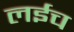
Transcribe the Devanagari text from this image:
लईच